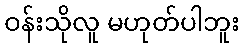
ဝန်းသိုလူ မဟုတ်ပါဘူး